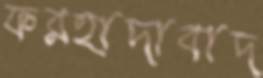
ফরহাদাবাদ